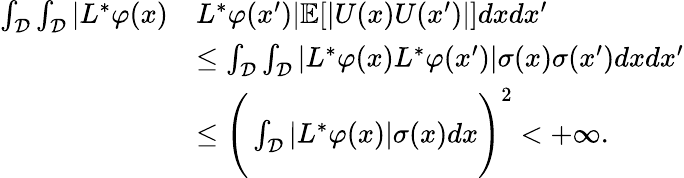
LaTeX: \begin{array}{rl}{\int_{\mathcal{D}}\int_{\mathcal{D}}|L^{*}\varphi(x)}&{L^{*}\varphi(x^{\prime})|\mathbb{E}[|U(x)U(x^{\prime})|]dxdx^{\prime}}\\ &{\leq\int_{\mathcal{D}}\int_{\mathcal{D}}|L^{*}\varphi(x)L^{*}\varphi(x^{\prime})|\sigma(x)\sigma(x^{\prime})dxdx^{\prime}}\\ &{\leq\Bigg(\int_{\mathcal{D}}|L^{*}\varphi(x)|\sigma(x)dx\Bigg)^{2}<+\infty.}\end{array}